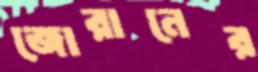
জোরানের